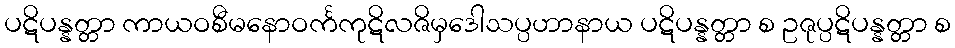
ပဋိပန္နတ္တာ ကာယဝစီမနောဝင်္ကကုဋိလဇိမှဒေါသပ္ပဟာနာယ ပဋိပန္နတ္တာ စ ဥဇုပ္ပဋိပန္နတ္တာ စ